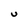
Character: U